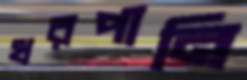
খরপানি